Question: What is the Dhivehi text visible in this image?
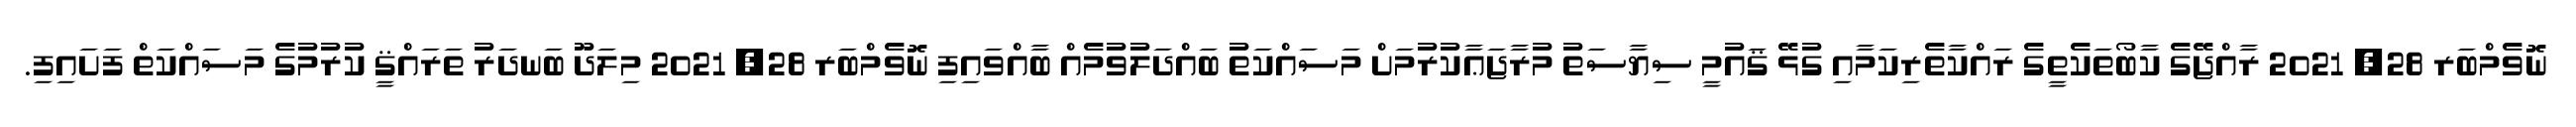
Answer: ނޮވެމްބަރ 28, 2021 ރާއްޖޭގެ ކާބޯތަކެތީގެ ރައްކާތެރިކަމާއި ގުޅޭ ޤައުމީ ސިޔާސަތު މުރާޖަޢާކުރުމަށް މަސައްކަތު ބައްދަލުވުމެއް ބާއްވައިފި ނޮވެމްބަރ 28, 2021 މިލަދޫ ބަނދަރު ތަރައްޤީ ކުރުމުގެ މަސައްކަތް ފަށައިފި.